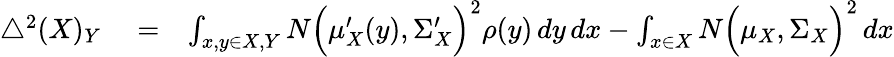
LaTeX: \begin{array}{rlr}{\bigtriangleup^{2}(X)_{Y}}&{{}=}&{\int_{x,y\in X,Y}N\Big(\mu_{X}^{\prime}(y),\Sigma_{X}^{\prime}\Big)^{2}\rho(y)\, dy\, dx-\int_{x\in X}N\Big(\mu_{X},\Sigma_{X}\Big)^{2}\, dx}\end{array}